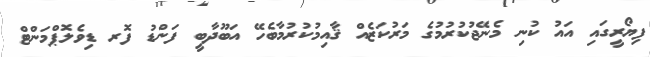
ފިޔޯރީގައި އައު ކުނި މެނޭޖުކުރުމުގެ މަރުކަޒެއް ޤާއިމުކުރުމާބެހޭ އަބޫދާބީ ފަންޑު ފޮރ ޑިވެލޮޕްމަންޓް